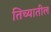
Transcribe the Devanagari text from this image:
तिच्‍यातील